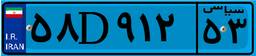
۵۶D۱۹۱۶۷